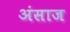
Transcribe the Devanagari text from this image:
अंसाज